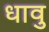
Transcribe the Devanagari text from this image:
धावु